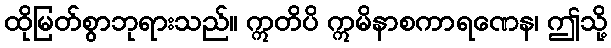
ထိုမြတ်စွာဘုရားသည်။ ဣတိပိ ဣမိနာစကာရဏေန၊ ဤသို့